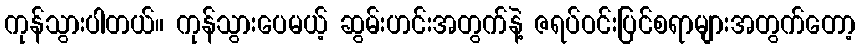
ကုန်သွားပါတယ်။ ကုန်သွားပေမယ့် ဆွမ်းဟင်းအတွက်နဲ့ ဇရပ်ဝင်းပြင်စရာများအတွက်တော့